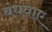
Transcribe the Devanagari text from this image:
बंधवाए